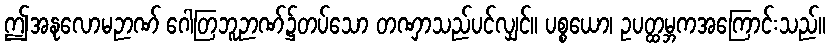
ဤအနုလောမဉာဏ် ဂေါတြဘူဉာဏ်၌တပ်သော တဏှာသည်ပင်လျှင်။ ပစ္စယော၊ ဥပတ္ထမ္ဘကအကြောင်းသည်။